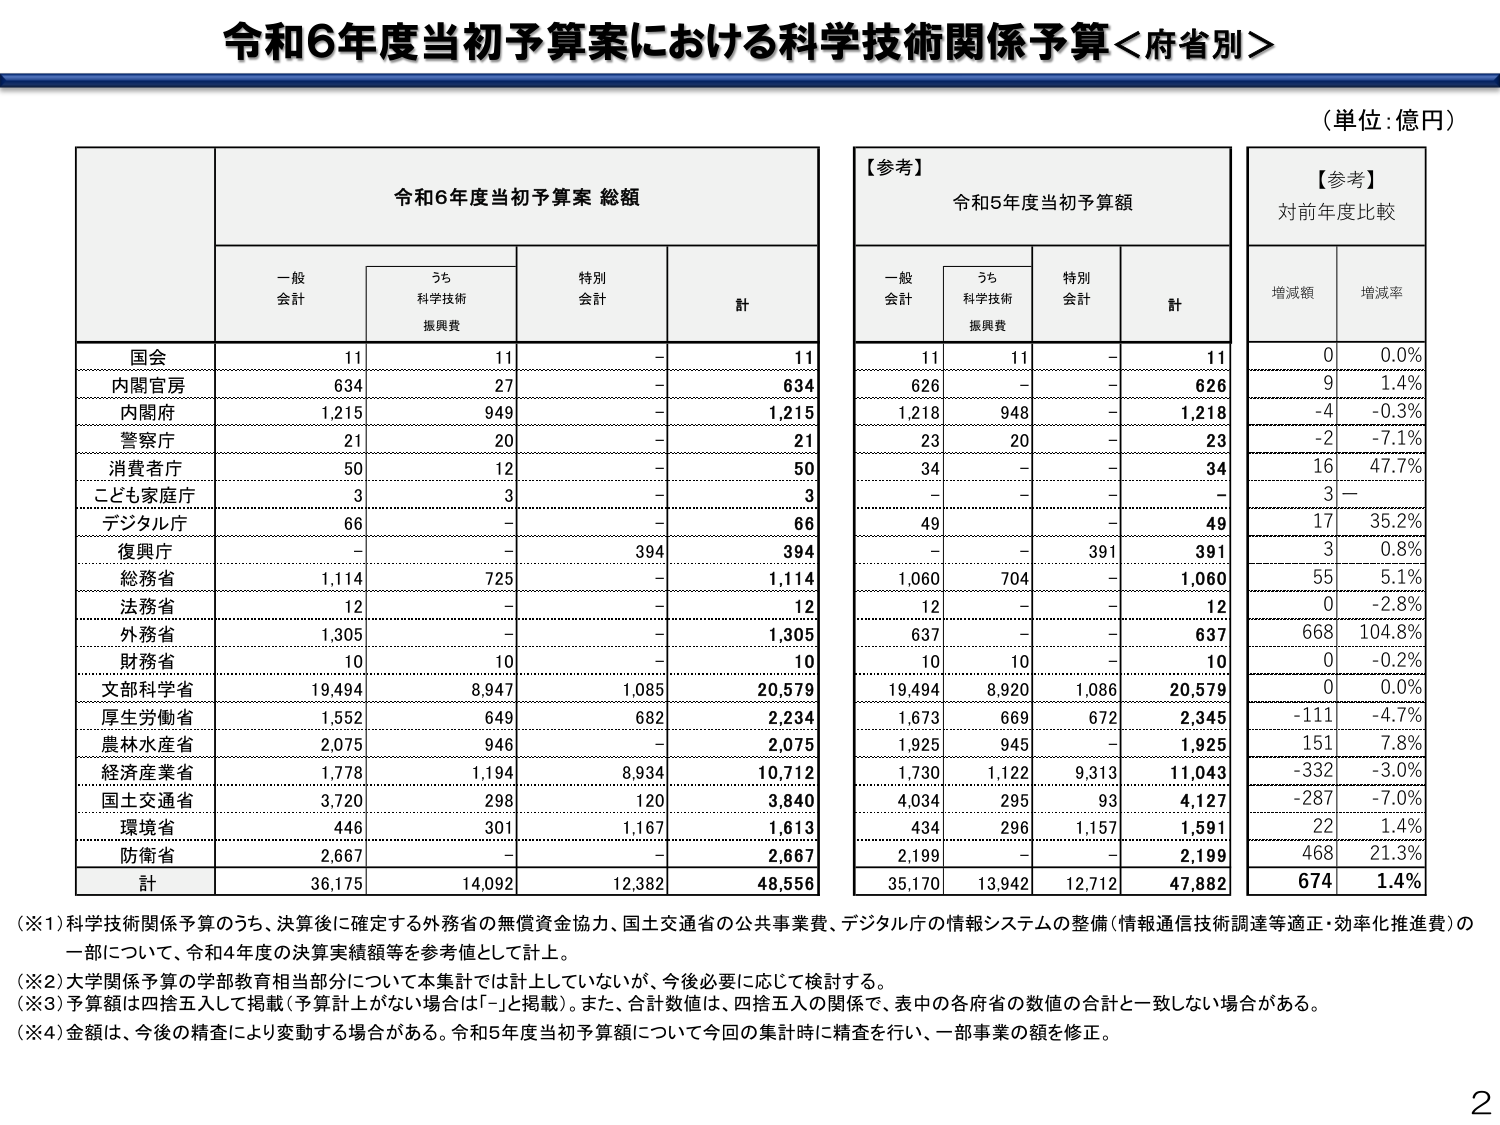
令和6年度当初予算案における科学技術関係予算＜府省別＞

（単位：億円）

【参考】
令和5年度当初予算額

【参考】
対前年度比較

令和6年度当初予算案 総額

一般
会計

うち
科学技術
振興費

特別
会計

計

一般
会計

うち
科学技術
振興費

特別
会計

計

増減額

増減率

国会
11
11
-
11
11
11
-
11
0
0.0%

内閣官房
634
27
-
634
626
-
-
626
9
1.4%

内閣府
1,215
949
-
1,215
1,218
948
-
1,218
-4
-0.3%

警察庁
21
20
-
21
23
20
-
23
-2
-7.1%

消費者庁
50
12
-
50
34
-
-
34
16
47.7%

こども家庭庁
3
3
-
3
-
-
-
-
3
-

デジタル庁
66
-
-
66
49
-
-
49
17
35.2%

復興庁
-
-
394
394
-
-
391
391
3
0.8%

総務省
1,114
725
-
1,114
1,060
704
-
1,060
55
5.1%

法務省
12
-
-
12
12
-
-
12
0
-2.8%

外務省
1,305
-
-
1,305
637
-
-
637
668
104.8%

財務省
10
10
-
10
10
10
-
10
0
-0.2%

文部科学省
19,494
8,947
1,085
20,579
19,494
8,920
1,086
20,579
0
0.0%

厚生労働省
1,552
649
682
2,234
1,673
669
672
2,345
-111
-4.7%

農林水産省
2,075
946
-
2,075
1,925
945
-
1,925
151
7.8%

経済産業省
1,778
1,194
8,934
10,712
1,730
1,122
9,313
11,043
-332
-3.0%

国土交通省
3,720
298
120
3,840
4,034
295
93
4,127
-287
-7.0%

環境省
446
301
1,167
1,613
434
296
1,157
1,591
22
1.4%

防衛省
2,667
-
-
2,667
2,199
-
-
2,199
468
21.3%

計
36,175
14,092
12,382
48,556
35,170
13,942
12,712
47,882
674
1.4%

（※1）科学技術関係予算のうち、決算後に確定する外務省の無償資金協力、国土交通省の公共事業費、デジタル庁の情報システムの整備（情報通信技術調達等適正・効率化推進費）の一部について、令和4年度の決算実績額等を参考値として計上。

（※2）大学関係予算の学部教育相当部分について本集計では計上していないが、今後必要に応じて検討する。

（※3）予算額は四捨五入して掲載（予算計上がない場合は「-」と掲載）。また、合計数値は、四捨五入の関係で、表中の各府省の数値の合計と一致しない場合がある。

（※4）金額は、今後の精査により変動する場合がある。令和5年度当初予算額について今回の集計時に精査を行い、一部事業の額を修正。

2